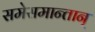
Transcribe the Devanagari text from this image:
समेसमान्तान्